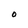
Character: O